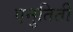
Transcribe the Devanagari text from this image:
एनुतिती